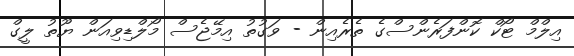
އިލްމް ޓޯކް ކޮންފަރެންސްގެ ތެރެއިން - ވަގުތު އިމޭޖެސް މޯލްޑިވިއަން ޔޫތު ލީގް